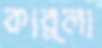
কার্লা